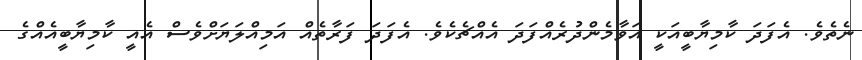
ނެތެވެ. އެފަދަ ކާމިޔާބީއަކީ އަވާމެންދުރެއްފަދަ އެއްޗެކެވެ. އެފަދަ ފަރާތެއް އަމިއްލަޔަށްވެސް އެއީ ކާމިޔާބީއެއްގެ